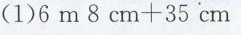
(1)$$6 m 8 c m + 3 5 c m$$